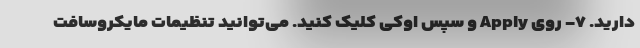
دارید. ۷- روی Apply و سپس اوکی کلیک کنید. می‌توانید تنظیمات مایکروسافت